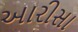
આરીસા